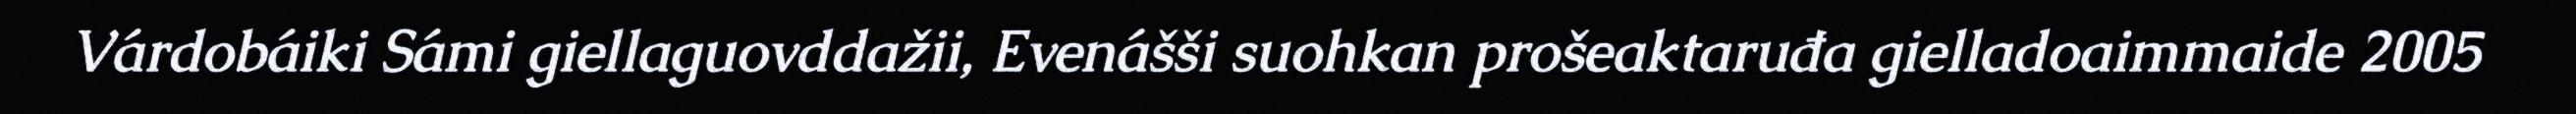
Várdobáiki Sámi giellaguovddažii, Evenášši suohkan prošeaktaruđa gielladoaimmaide 2005